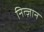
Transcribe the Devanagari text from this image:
नित्ज़ान